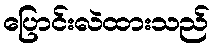
ပြောင်းလဲထားသည်